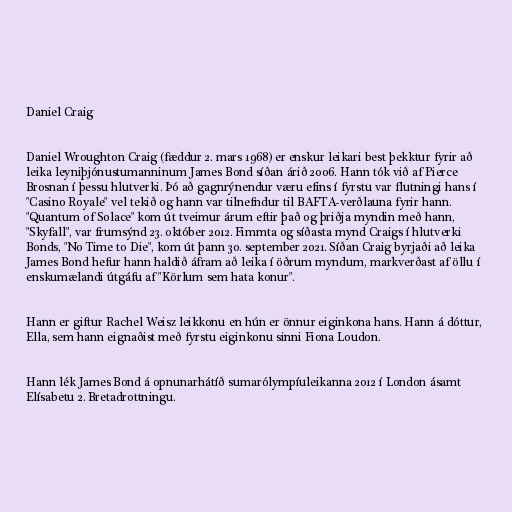
Daniel Craig

Daniel Wroughton Craig (fæddur 2. mars 1968) er enskur leikari best þekktur fyrir að
leika leyniþjónustumanninum James Bond síðan árið 2006. Hann tók við af Pierce
Brosnan í þessu hlutverki. Þó að gagnrýnendur væru efins í fyrstu var flutningi hans í
"Casino Royale" vel tekið og hann var tilnefndur til BAFTA-verðlauna fyrir hann.
"Quantum of Solace" kom út tveimur árum eftir það og þriðja myndin með hann,
"Skyfall", var frumsýnd 23. október 2012. Fimmta og síðasta mynd Craigs í hlutverki
Bonds, "No Time to Die", kom út þann 30. september 2021. Síðan Craig byrjaði að leika
James Bond hefur hann haldið áfram að leika í öðrum myndum, markverðast af öllu í
enskumælandi útgáfu af "Körlum sem hata konur".

Hann er giftur Rachel Weisz leikkonu en hún er önnur eiginkona hans. Hann á dóttur,
Ella, sem hann eignaðist með fyrstu eiginkonu sinni Fiona Loudon.

Hann lék James Bond á opnunarhátíð sumarólympíuleikanna 2012 í London ásamt
Elísabetu 2. Bretadrottningu.